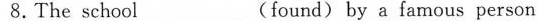
8.The school ___ (found) by a famous person